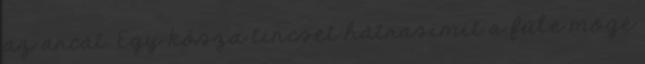
az arcát. Egy kósza tincset hátrasimít a füle mögé